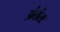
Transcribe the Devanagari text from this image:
अंतंतः